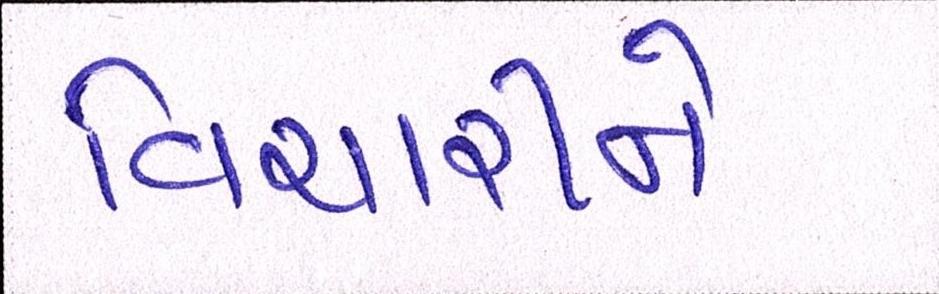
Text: વિચારીને